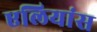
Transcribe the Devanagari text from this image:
एलियांस